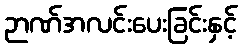
ဉာဏ်အလင်းပေးခြင်းနှင့်